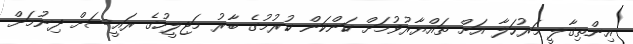
އިންތިގާލީ މަރުހަލާ އަށް ތައްޔާރުވުމަށް ކަންކަން ކުރުމުގެ ބާރު މަޖިލީހުގެ ރައީސަށް ދިނުމަށް